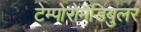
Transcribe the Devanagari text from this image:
टेम्पोरोमैंडिबुलर